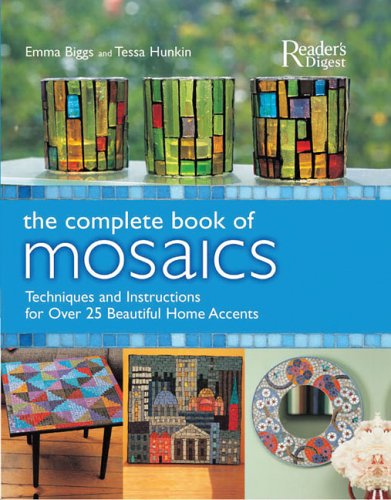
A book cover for The Complete Book of Mosaics; Editors of Reader's Digest; Arts & Photography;